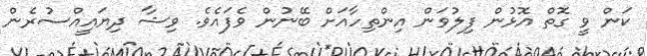
ކަން ވީ ގޮތް އޮޅުން ފިލުވަން އިންތިހާއަށް ބޭނުން ވެފައެވެ. ވިޝާ ދިޔައީއްސުރެން